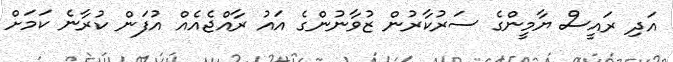
އަދި ރައީސް ޔާމީންގެ ސަރުކާރުން ޒުވާނުންގެ އައު ރާއްޖެއެއް އުފަން ކުރާނެ ކަމަށް